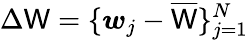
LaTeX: \Delta\mathsf{W}=\{ \boldsymbol{w}_{j}-\overline{{\mathsf{W}}}\} _{j=1}^{N}